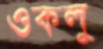
ওকলু